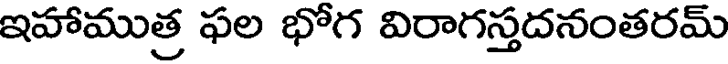
ఇహాముత్ర ఫల భోగ విరాగస్తదనంతరమ్